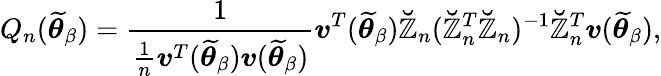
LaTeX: Q_{n}(\widetilde{\boldsymbol{\theta}}_{\beta})=\frac{1}{\frac{1}{n}\boldsymbol{v}^{T}(\widetilde{\boldsymbol{\theta}}_{\beta})\boldsymbol{v}(\widetilde{\boldsymbol{\theta}}_{\beta})}\boldsymbol{v}^{T}(\widetilde{\boldsymbol{\theta}}_{\beta})\mathbb{\breve{Z}}_{n}(\mathbb{\breve{Z}}_{n}^{T}\mathbb{\breve{Z}}_{n})^{-1}\mathbb{\breve{Z}}_{n}^{T}\boldsymbol{v}(\widetilde{\boldsymbol{\theta}}_{\beta}),